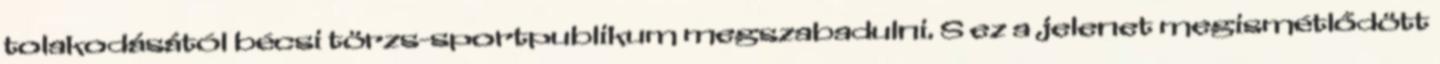
tolakodásától bécsi törzs-sportpublikum megszabadulni. S ez a jelenet megismétlődött